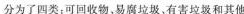
分为了四类t可回收物。易腐垃圾。有害垃圾和其他